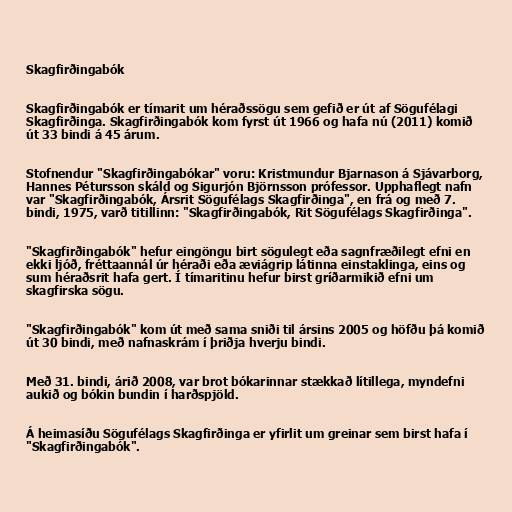
Skagfirðingabók

Skagfirðingabók er tímarit um héraðssögu sem gefið er út af Sögufélagi
Skagfirðinga. Skagfirðingabók kom fyrst út 1966 og hafa nú (2011) komið
út 33 bindi á 45 árum.

Stofnendur "Skagfirðingabókar" voru: Kristmundur Bjarnason á Sjávarborg,
Hannes Pétursson skáld og Sigurjón Björnsson prófessor. Upphaflegt nafn
var "Skagfirðingabók, Ársrit Sögufélags Skagfirðinga", en frá og með 7.
bindi, 1975, varð titillinn: "Skagfirðingabók, Rit Sögufélags Skagfirðinga".

"Skagfirðingabók" hefur eingöngu birt sögulegt eða sagnfræðilegt efni en
ekki ljóð, fréttaannál úr héraði eða æviágrip látinna einstaklinga, eins og
sum héraðsrit hafa gert. Í tímaritinu hefur birst gríðarmikið efni um
skagfirska sögu.

"Skagfirðingabók" kom út með sama sniði til ársins 2005 og höfðu þá komið
út 30 bindi, með nafnaskrám í þriðja hverju bindi.

Með 31. bindi, árið 2008, var brot bókarinnar stækkað lítillega, myndefni
aukið og bókin bundin í harðspjöld.

Á heimasíðu Sögufélags Skagfirðinga er yfirlit um greinar sem birst hafa í
"Skagfirðingabók".